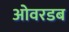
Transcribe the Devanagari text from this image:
ओवरडब